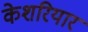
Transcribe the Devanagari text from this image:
केशरियार